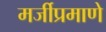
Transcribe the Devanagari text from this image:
मर्जीप्रमाणे